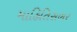
માહિતિસભર